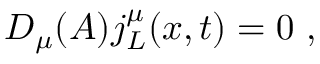
D _ { \mu } ( { \cal A } ) j _ { L } ^ { \mu } ( x , t ) = 0 \ ,